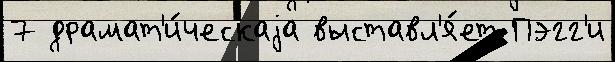
7 драмат'и́ческаjа выставл'я́ет Пэгг'и